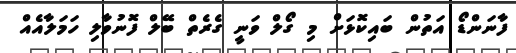
ފާނަންޑޯ އަތުން ބައިކޮޅަށް މި ގޯލް ވަނީ ގެރެތް ބޭލް ފޮނުވާލި ހަމަލާއެއް